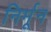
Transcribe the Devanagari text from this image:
निर्मून